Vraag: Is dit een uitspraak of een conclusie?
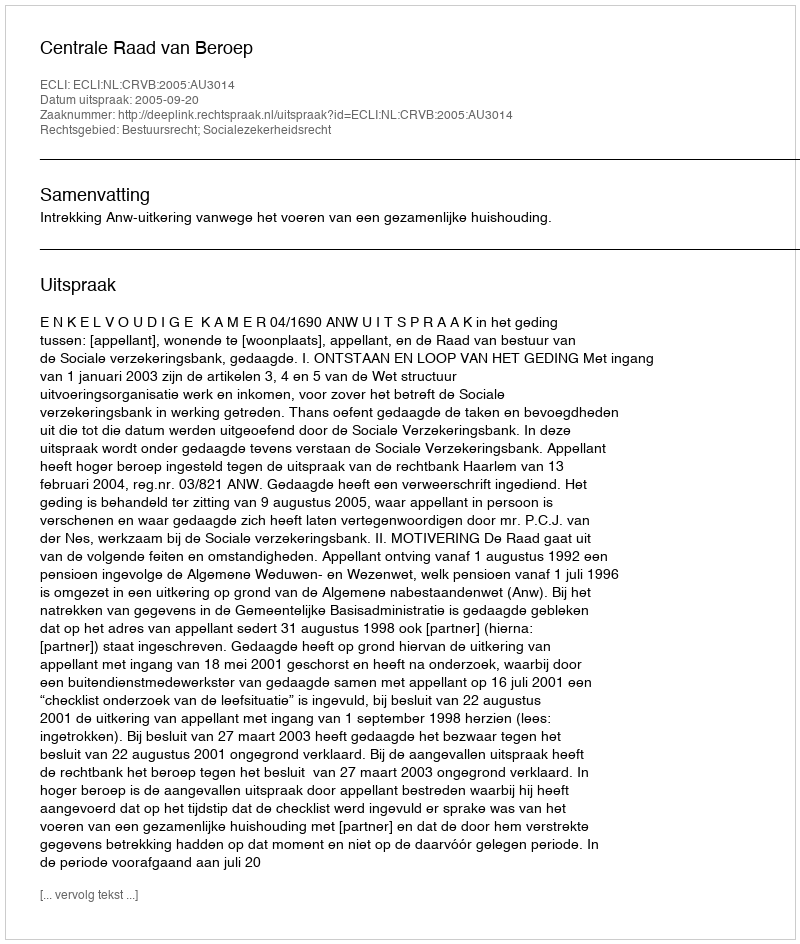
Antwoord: Uitspraak